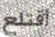
أقتلع